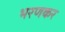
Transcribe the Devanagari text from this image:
भरणकर